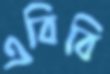
এবিবি